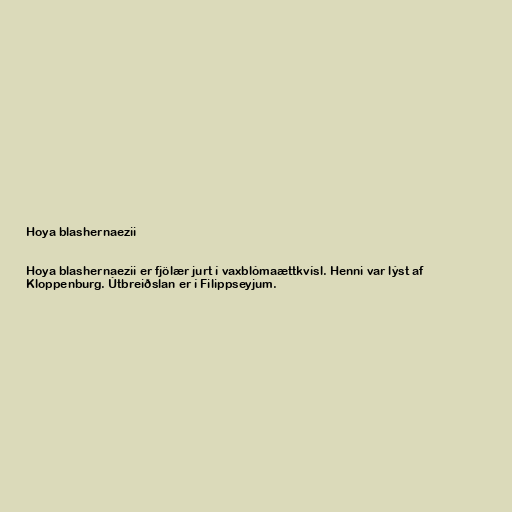
Hoya blashernaezii

Hoya blashernaezii er fjölær jurt í vaxblómaættkvísl. Henni var lýst af
Kloppenburg. Útbreiðslan er í Filippseyjum.